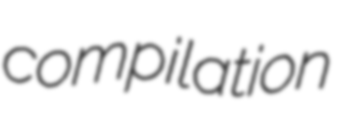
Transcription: compilation